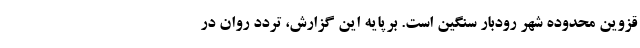
قزوین محدوده شهر رودبار سنگین است. برپایه این گزارش، تردد روان در